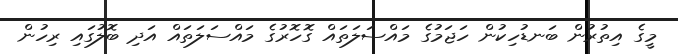
މީގެ އިތުރުން ބަނޑުހިކުން ހަޖަމުގެ މައްސަލަތައް ގޮހޮރުގެ މައްސަލަތައް އަދި ބޮލުގައި ރިހުން